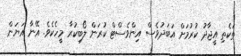
ތަކެތި އީޖާދު ކުރުމަށް އަބަދުވެސް އިންވެސްޓް ކުރަން ލޯބިކުރާ މީހެކެވެ. އޭނާ އަޔަން